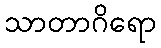
သာတာဂိရော